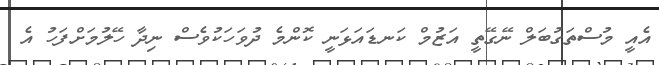
އެއީ މުސްތަގުބަލް ނޭގޭތީ އަޒުމް ކަނޑައަޅަނީ ކޮންމެ ދުވަހަކުވެސް ނިދާ ހޭލުމަށްފަހު އެ